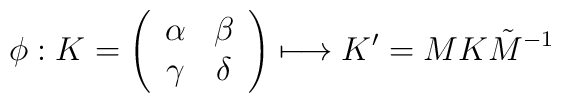
\phi: K=\left(\begin{array}{cc}\alpha & \beta \\\gamma & \delta \\\end{array}\right)\longmapsto K' = M K \tilde{M}^{-1}